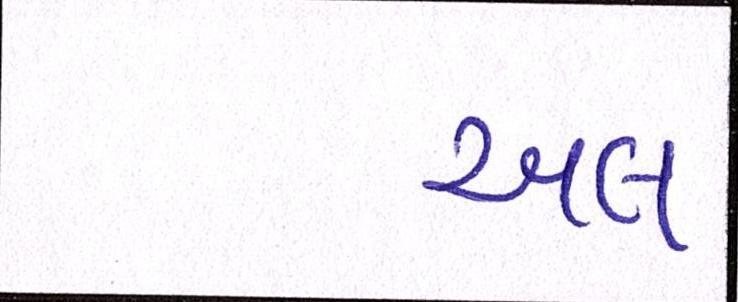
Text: અલ